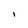
Character: I